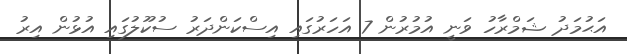
އަޙުމަދު ޝަމްރާހު ވަނީ އުމުރުން 7 އަހަރުގައި އިސްކަންދަރު ސުކޫލުގައި އުޅުން އިރު